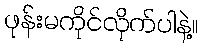
ဖုန်းမကိုင်လိုက်ပါနဲ့။